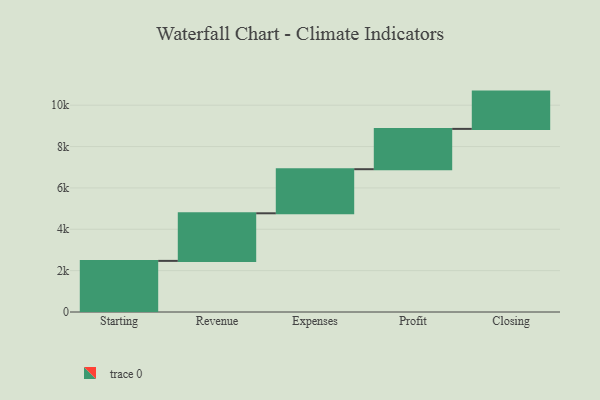
{"axis": {"x": "Step", "y": "Value"}, "legend": [""], "data": [{"x": "Starting", "y": 2472.0, "type": ""}, {"x": "Revenue", "y": 2301.0, "type": ""}, {"x": "Expenses", "y": 2132.0, "type": ""}, {"x": "Profit", "y": 1949.0, "type": ""}, {"x": "Closing", "y": 1803.0, "type": ""}]}